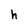
Character: h